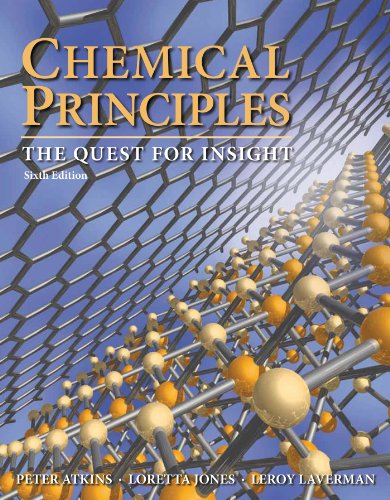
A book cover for Chemical Principles; Peter Atkins; Science & Math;